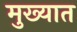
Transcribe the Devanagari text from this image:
मुख्यात